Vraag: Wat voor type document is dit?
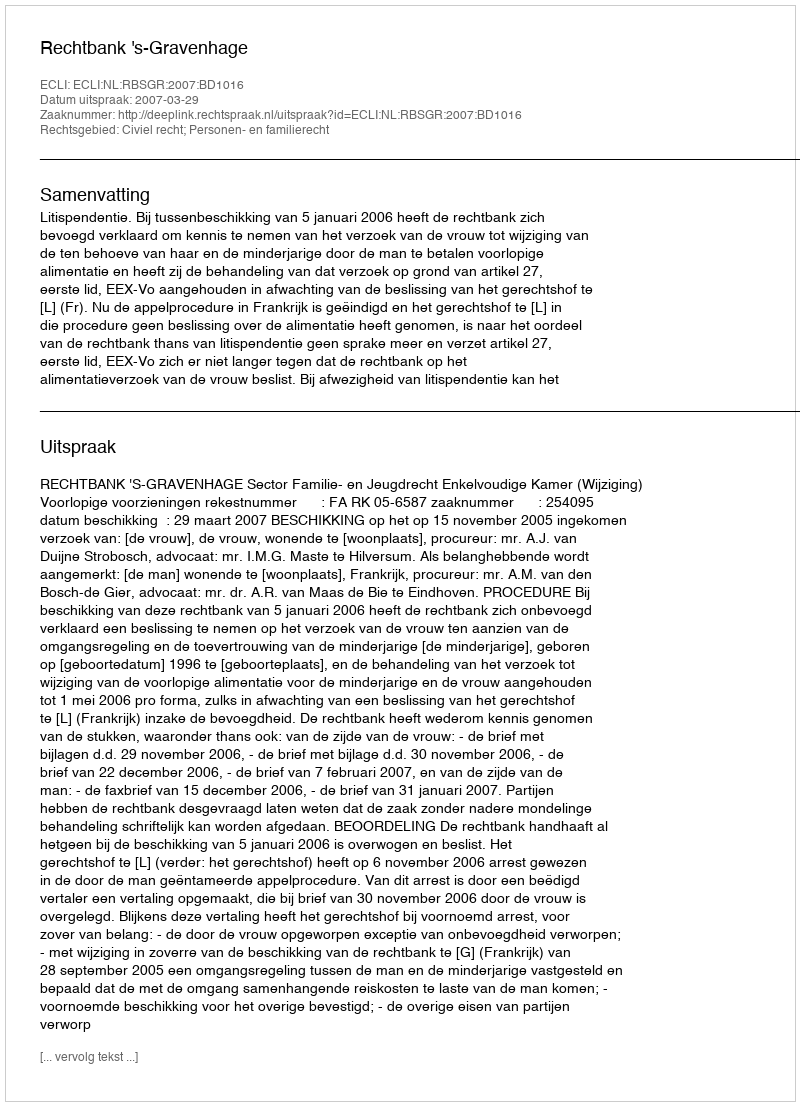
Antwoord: Uitspraak